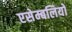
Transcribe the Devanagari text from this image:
एसेम्बलियों